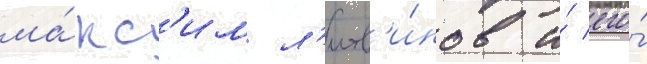
ма́кс'им л'итв'и́нов и́ его́